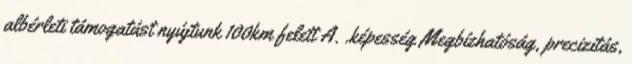
albérleti támogatást nyújtunk 100km felett A. .képesség Megbízhatóság, precizitás,